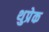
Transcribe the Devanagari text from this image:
थुप्रेक